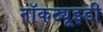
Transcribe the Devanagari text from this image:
नॉकट्यूइडी